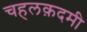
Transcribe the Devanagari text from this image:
चहलक़दमी